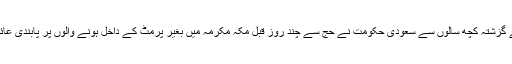
اسی وجہ سے گزشتہ کچھ سالوں سے سعودی حکومت نے حج سے چند روز قبل مکّہ مکرمہ میں بغیر پرمٹ کے داخل ہونے والوں پر پابندی عائد کر دی ہے۔